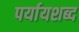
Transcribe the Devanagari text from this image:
पर्यायशब्द